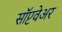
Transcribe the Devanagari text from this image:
सॉप्टवेअर